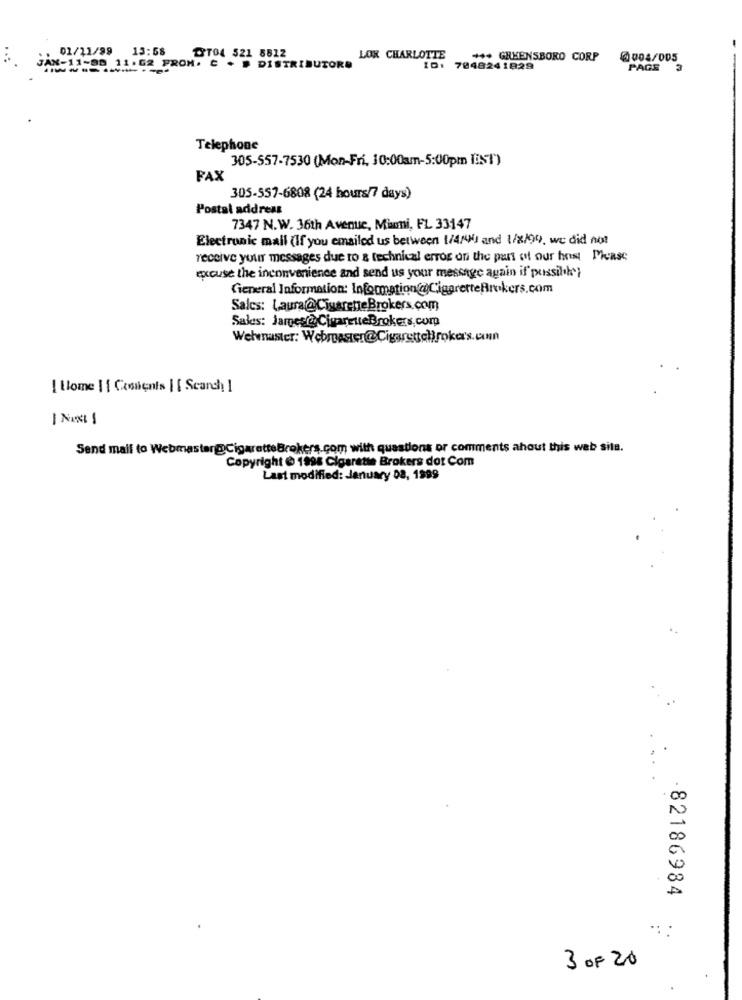
01/11/99
15:58
TYTO4 521 8812
LOX CHARLOTTE
*** GREENSBORO CORP
0004/005
JAN-11-80 11.62
JAN-11-99 11.62 PROM. C . » DISTRIBUTORE
ID: 7848241829
PAGE 3
Telephone
305-557-7530 (Mon-Fri, 10:00am-5:00pm I:ST')
FAX
305-557-6808 (24 hours/7 days)
Postal address
7347 N.W. 36th Avenue, Muoni, FL 33147
Electronic mail (If you emailed us between 1/4/41 and 1/8/99, we did not
receive your messages due to & technical error on the part of our host Mease
excuse the inconvenience and send us your message again if' pussilk'}
General Information: Information@CigaretteBrokers.com
Sales: Laura@CigaretteBrokers.com
Sales: James@CigaretteBrokers.com
Webmaster: Webmaster@Cigarettebrokers.con
| Home | [ Cosienis | [ Scard]
I Nost 1
Send mail to Webmaster@CigaretteBrokers.com with questions or comments about this web site.
Copyright @ 1998 Cigarette Brokers dot Com
Last modified: January 08, 1999
82186984
..
3 OF 20